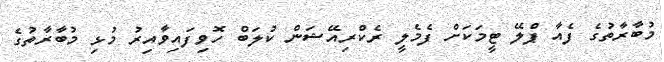
މުބާރާތުގެ ފެއާ ޕްލޭ ޓީމަކަށް ފެމެލީ ރެކްރިއޭޝަން ކުލަބް ހޮވިފައިވާއިރު މުޅި މުބާރާތުގެ